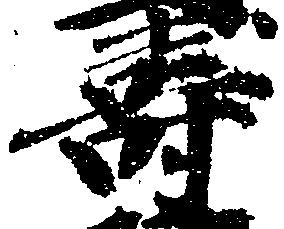
寿